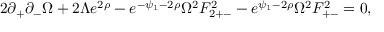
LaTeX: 2 \partial _ { + } \partial _ { - } \Omega + 2 \Lambda e ^ { 2 \rho } - e ^ { - \psi _ { 1 } - 2 \rho } \Omega ^ { 2 } F _ { 2 + - } ^ { 2 } - e ^ { \psi _ { 1 } - 2 \rho } \Omega ^ { 2 } F _ { + - } ^ { 2 } = 0 ,